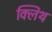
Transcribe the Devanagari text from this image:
क्लिंथ